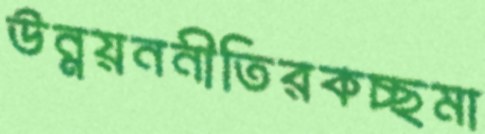
উন্নয়ননীতিরকচ্ছমা